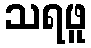
သရဖူ